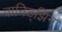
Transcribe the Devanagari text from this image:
वानिट्झिन